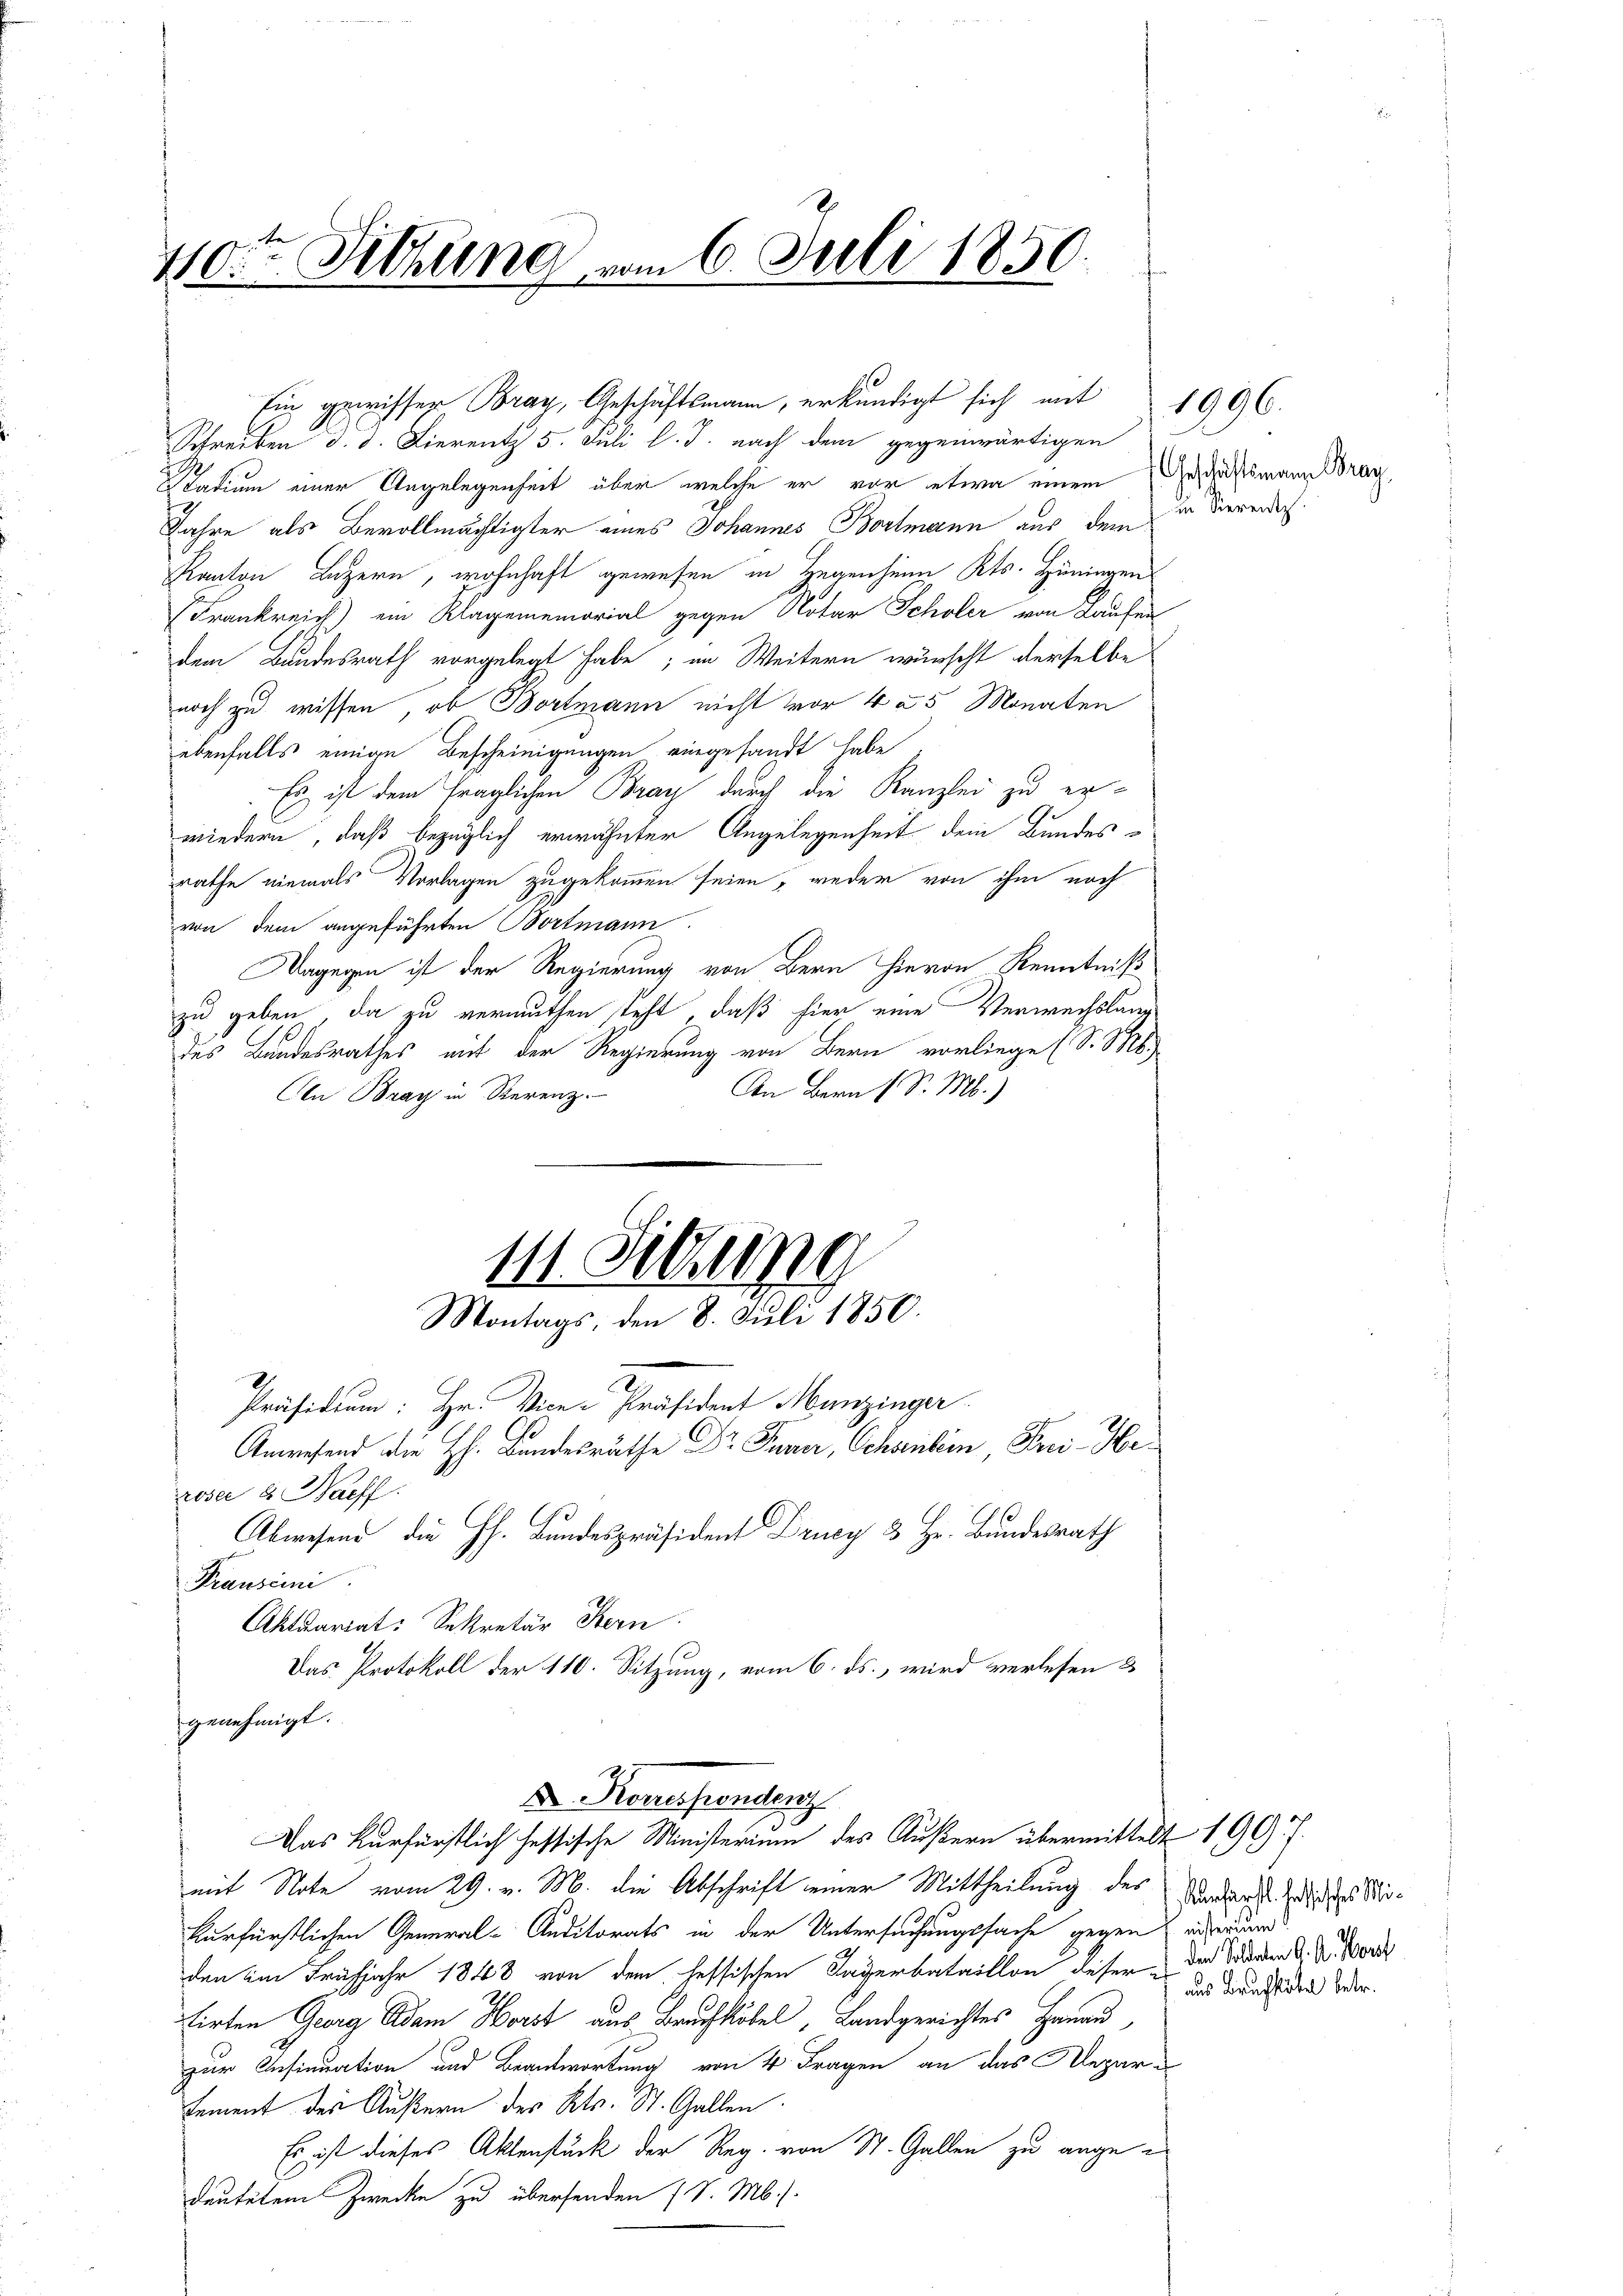
Sitzung vom 6. Juli 1850.
40.

Ein gewisser Bray, Geschäftsmann, erkundigt sich mit
Schreiben d. d. Lierent 5. Juli l. J. nach dem gegenwärtigen

Stadium einer Angelegenheit über welche er vor etwa einem Geschäftsmann Bran
Jahre als Bevollmächtigter eines Johannes Bortmann aus dem
Kanton Luzern, wohnhaft gewesen in Gegenheim Kts. Hüningen
Frankreich) ein Klagenemorial gegen Notar Scholer von Laufen
dem Bundesrath vorgelegt habe; in Weitern würscht derselbe
noch zu wissen, ob Bortmann nicht vor 4 & 5 Monaten
ebenfalls einige Bescheinigungen eingesandt habe
Es ist dem fraglichen Bray durch die Kanzlei zu erwiedern, daß bezüglich erwähnter Angelegenheit dem Bundesrathe niemals Vorlagen zugekommen seien, weder von ihm nach
von dem angeführten Bortmann.
Dagegen ist der Regierung von Bern hievon Kenntniß
zu geben, da zu vermuthen steht, daß hier eine Verwachslang
des Bandesrathes mit der Regierung von Bern vorliege (S. S.
In Bern (S. M.)
Den Bray in Sterenz.

111. Sitzung
Montags, den 8. Juli 1850.
E
Präsidium: Hr. Vice-Präsident Munzinger.

Anwesend die H. Bandesräthe Dr Funer, Scharbein, Frei- Heroser u. Haeff
Abwesend die H. Bundespräsident Drucy & Hr. Bundesrath
Prauscini
Aktuariat-Sekretär Stern
Das Protokoll der 110. Sitzung, vom 6. ds., wird verlesen &
genehmigt.
D Kronessendenz
Das Kurfürstlich hessische Ministerium des Äußern übermittelt 190 f.
mit Note vom 29. v. M. die Abschrift einer Mittheilung des
kurfürstlichen General-Auditorats in der Untersuchungssache gegen ergrauer
den im Frühjahr 1848 von dem hessischen Tagerbataillon deser der Schaden d. d. Mord
tirten Georg Adam Horst aus Brauchköbel, Landgerichtes Hanau
zur Insinuation und Beantwortung von 4 Fragen an das Megare
tement der Äußern des Kts. St. Gallen
Es ist dieses Aktenstück der Reg. von St. Gallen zu angedeutetem Zwecke zu übersenden (S. M.

in. Vierentz

1996.

Kurfürstl. Hesisches Miaus Bruchstitel betr.